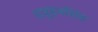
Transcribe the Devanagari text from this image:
शत्रुहनसिंह